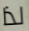
لذا